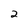
Character: 2